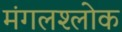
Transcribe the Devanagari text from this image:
मंगलश्लोक